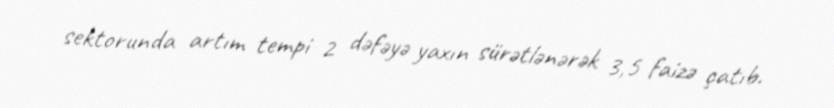
sektorunda artım tempi 2 dəfəyə yaxın sürətlənərək 3,5 faizə çatıb.